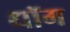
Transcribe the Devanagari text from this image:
धॉम